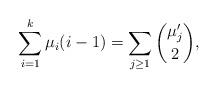
LaTeX: \begin{align*}\sum_{i=1}^k\mu_i(i-1)=\sum_{j\geq 1}\binom{\mu'_j}{2},\end{align*}